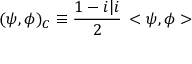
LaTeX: ( \psi , \phi ) _ { \cal C } \equiv \frac { 1 - i \vert i } { 2 } \, < \psi , \phi >